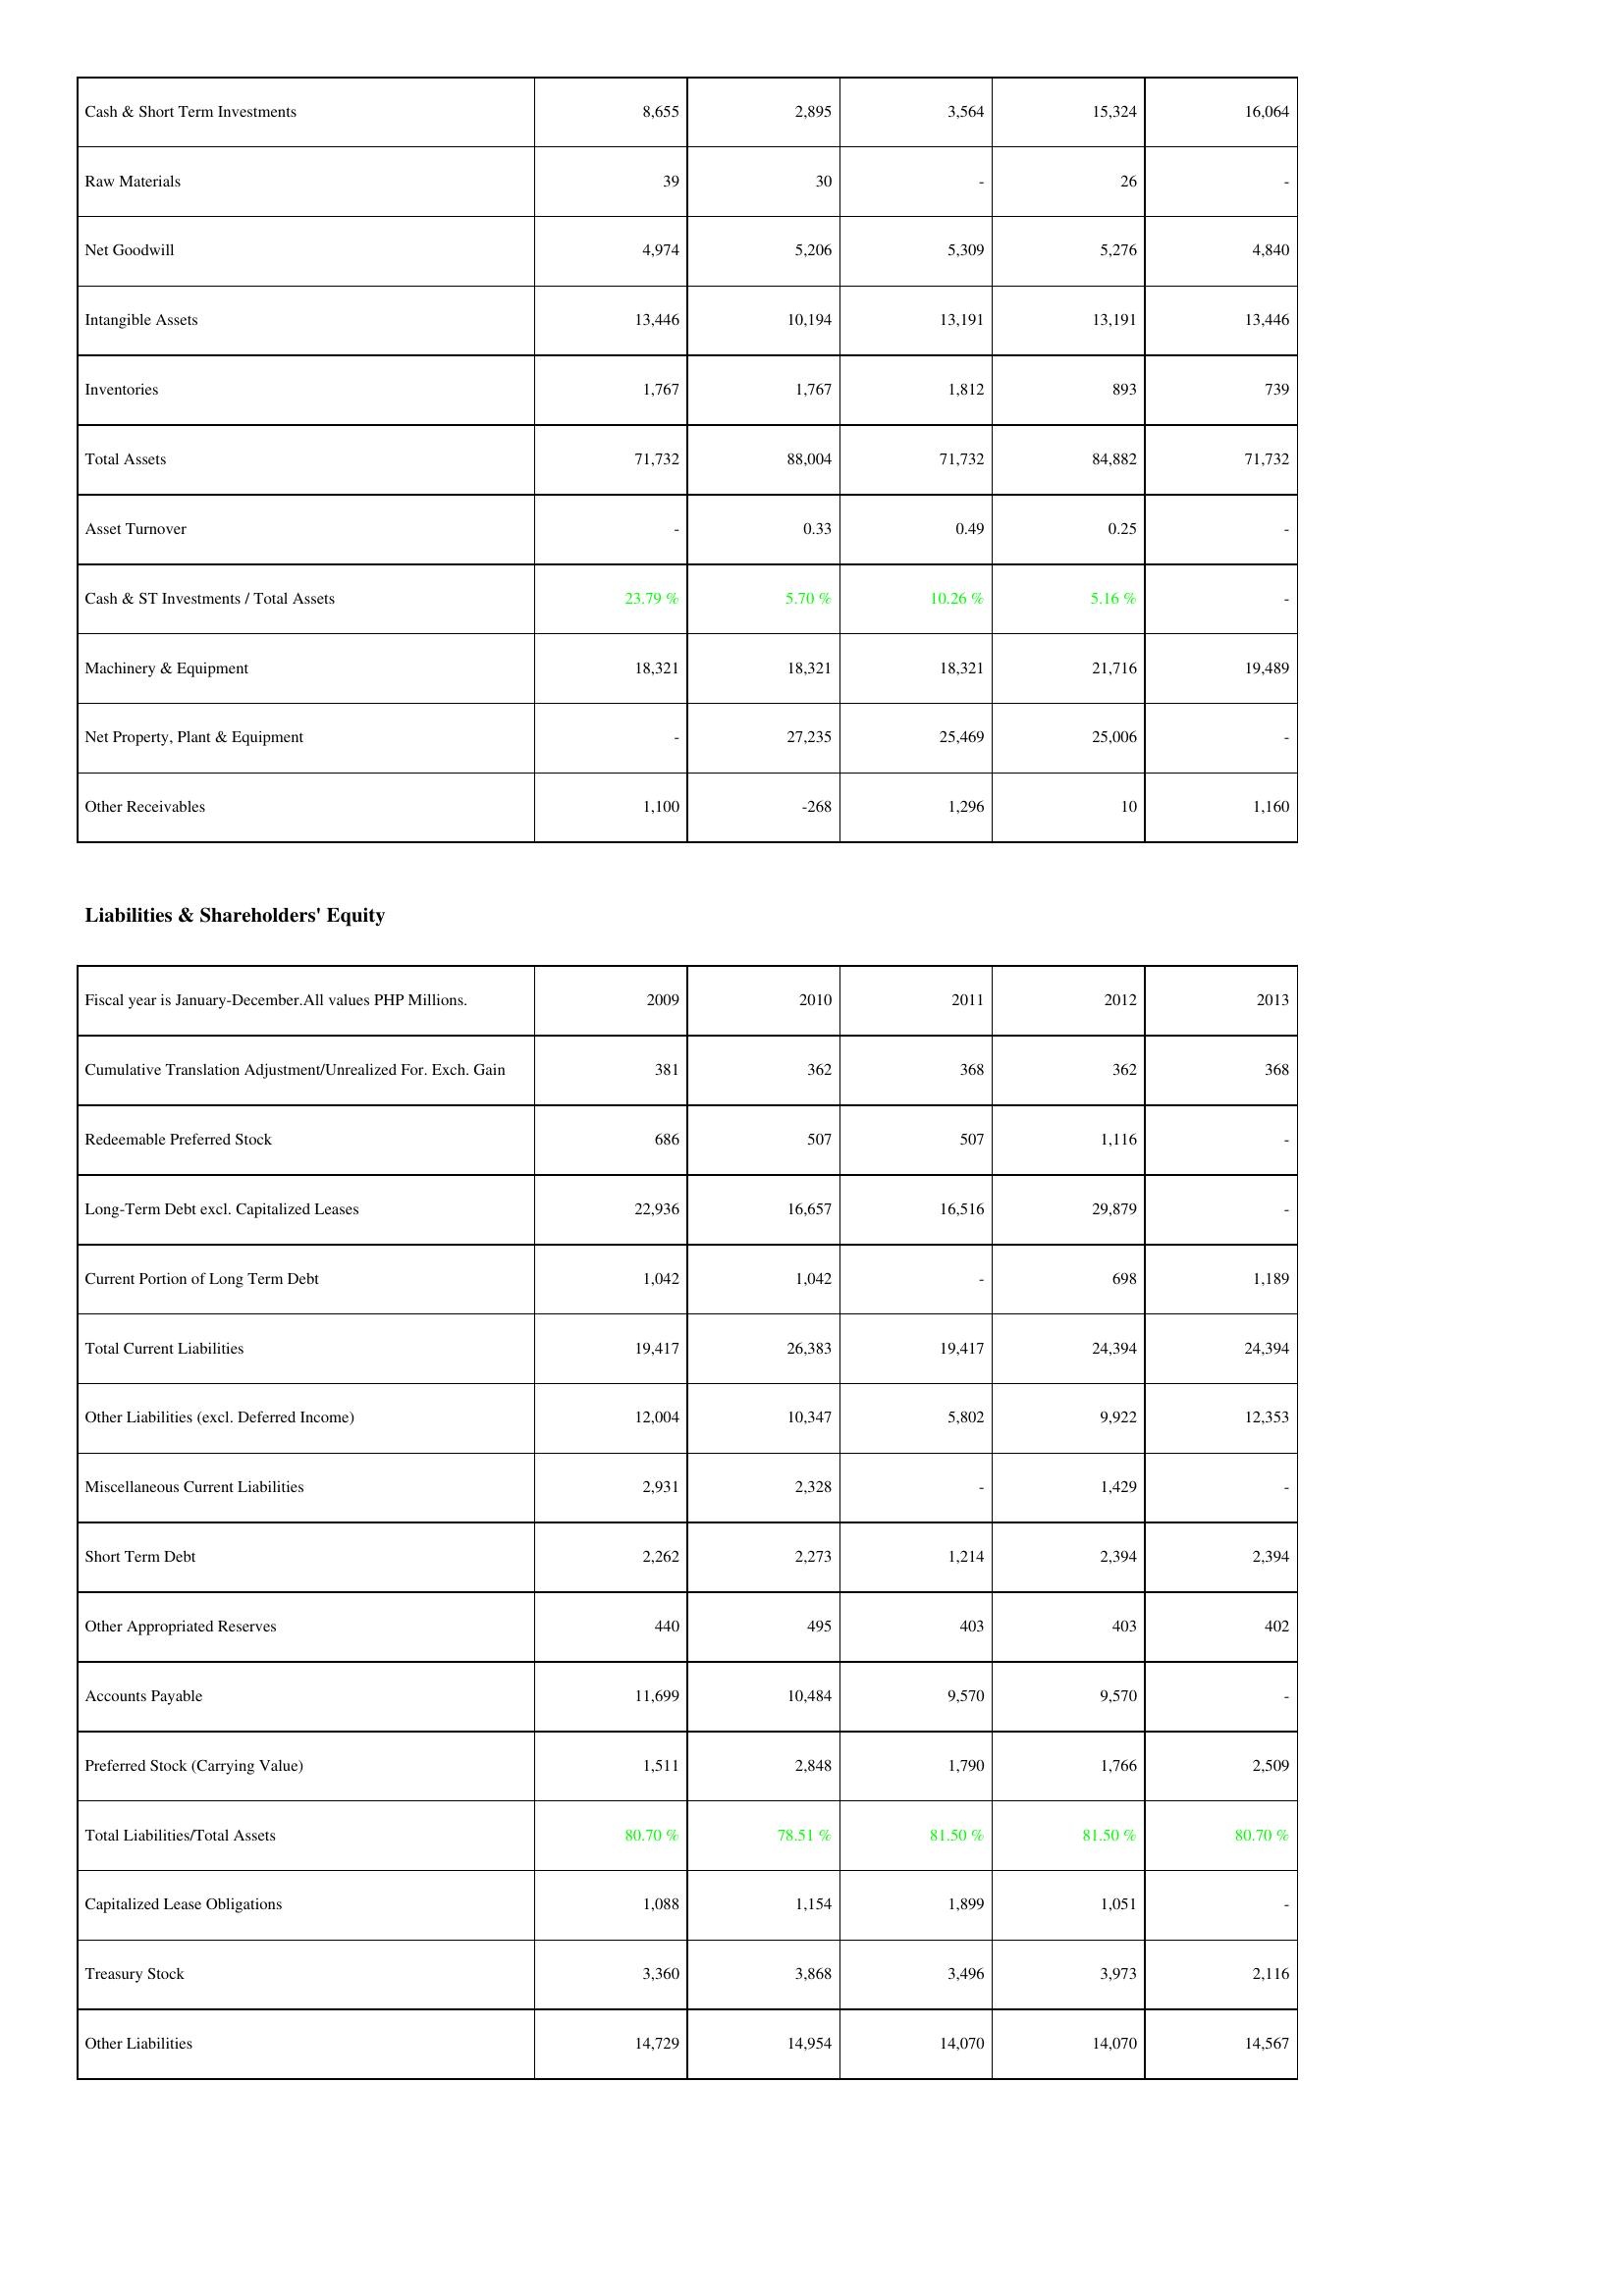
2009: Assets: Cash & Short Term Investments: 8,655
Raw Materials: 39
Net Goodwill: 4,974
Intangible Assets: 13,446
Inventories: 1,767
Total Assets: 71,732
Asset Turnover: -
Cash & ST Investments / Total Assets: 23.79 %
Machinery & Equipment: 18,321
Net Property, Plant & Equipment: -
Other Receivables: 1,100
Liabilities & Shareholders' Equity: Cumulative Translation Adjustment/Unrealized For. Exch. Gain: 381
Redeemable Preferred Stock: 686
Long-Term Debt excl. Capitalized Leases: 22,936
Current Portion of Long Term Debt: 1,042
Total Current Liabilities: 19,417
Other Liabilities (excl. Deferred Income): 12,004
Miscellaneous Current Liabilities: 2,931
Short Term Debt: 2,262
Other Appropriated Reserves: 440
Accounts Payable: 11,699
Preferred Stock (Carrying Value): 1,511
Total Liabilities/Total Assets: 80.70 %
Capitalized Lease Obligations: 1,088
Treasury Stock: 3,360
Other Liabilities: 14,729
2010: Assets: Cash & Short Term Investments: 2,895
Raw Materials: 30
Net Goodwill: 5,206
Intangible Assets: 10,194
Inventories: 1,767
Total Assets: 88,004
Asset Turnover: 0.33
Cash & ST Investments / Total Assets: 5.70 %
Machinery & Equipment: 18,321
Net Property, Plant & Equipment: 27,235
Other Receivables: -268
Liabilities & Shareholders' Equity: Cumulative Translation Adjustment/Unrealized For. Exch. Gain: 362
Redeemable Preferred Stock: 507
Long-Term Debt excl. Capitalized Leases: 16,657
Current Portion of Long Term Debt: 1,042
Total Current Liabilities: 26,383
Other Liabilities (excl. Deferred Income): 10,347
Miscellaneous Current Liabilities: 2,328
Short Term Debt: 2,273
Other Appropriated Reserves: 495
Accounts Payable: 10,484
Preferred Stock (Carrying Value): 2,848
Total Liabilities/Total Assets: 78.51 %
Capitalized Lease Obligations: 1,154
Treasury Stock: 3,868
Other Liabilities: 14,954
2011: Assets: Cash & Short Term Investments: 3,564
Raw Materials: -
Net Goodwill: 5,309
Intangible Assets: 13,191
Inventories: 1,812
Total Assets: 71,732
Asset Turnover: 0.49
Cash & ST Investments / Total Assets: 10.26 %
Machinery & Equipment: 18,321
Net Property, Plant & Equipment: 25,469
Other Receivables: 1,296
Liabilities & Shareholders' Equity: Cumulative Translation Adjustment/Unrealized For. Exch. Gain: 368
Redeemable Preferred Stock: 507
Long-Term Debt excl. Capitalized Leases: 16,516
Current Portion of Long Term Debt: -
Total Current Liabilities: 19,417
Other Liabilities (excl. Deferred Income): 5,802
Miscellaneous Current Liabilities: -
Short Term Debt: 1,214
Other Appropriated Reserves: 403
Accounts Payable: 9,570
Preferred Stock (Carrying Value): 1,790
Total Liabilities/Total Assets: 81.50 %
Capitalized Lease Obligations: 1,899
Treasury Stock: 3,496
Other Liabilities: 14,070
2012: Assets: Cash & Short Term Investments: 15,324
Raw Materials: 26
Net Goodwill: 5,276
Intangible Assets: 13,191
Inventories: 893
Total Assets: 84,882
Asset Turnover: 0.25
Cash & ST Investments / Total Assets: 5.16 %
Machinery & Equipment: 21,716
Net Property, Plant & Equipment: 25,006
Other Receivables: 10
Liabilities & Shareholders' Equity: Cumulative Translation Adjustment/Unrealized For. Exch. Gain: 362
Redeemable Preferred Stock: 1,116
Long-Term Debt excl. Capitalized Leases: 29,879
Current Portion of Long Term Debt: 698
Total Current Liabilities: 24,394
Other Liabilities (excl. Deferred Income): 9,922
Miscellaneous Current Liabilities: 1,429
Short Term Debt: 2,394
Other Appropriated Reserves: 403
Accounts Payable: 9,570
Preferred Stock (Carrying Value): 1,766
Total Liabilities/Total Assets: 81.50 %
Capitalized Lease Obligations: 1,051
Treasury Stock: 3,973
Other Liabilities: 14,070
2013: Assets: Cash & Short Term Investments: 16,064
Raw Materials: -
Net Goodwill: 4,840
Intangible Assets: 13,446
Inventories: 739
Total Assets: 71,732
Asset Turnover: -
Cash & ST Investments / Total Assets: -
Machinery & Equipment: 19,489
Net Property, Plant & Equipment: -
Other Receivables: 1,160
Liabilities & Shareholders' Equity: Cumulative Translation Adjustment/Unrealized For. Exch. Gain: 368
Redeemable Preferred Stock: -
Long-Term Debt excl. Capitalized Leases: -
Current Portion of Long Term Debt: 1,189
Total Current Liabilities: 24,394
Other Liabilities (excl. Deferred Income): 12,353
Miscellaneous Current Liabilities: -
Short Term Debt: 2,394
Other Appropriated Reserves: 402
Accounts Payable: -
Preferred Stock (Carrying Value): 2,509
Total Liabilities/Total Assets: 80.70 %
Capitalized Lease Obligations: -
Treasury Stock: 2,116
Other Liabilities: 14,567